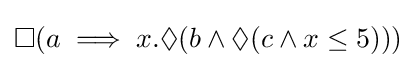
\Box (a\implies x.\Diamond (b\land \Diamond (c\land x\leq 5)))